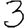
Digit: 3